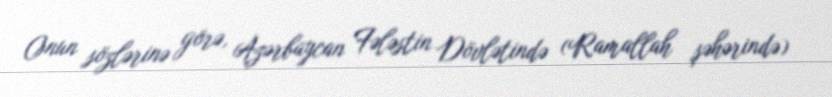
Onun sözlərinə görə, Azərbaycan Fələstin Dövlətində (Ramallah şəhərində)